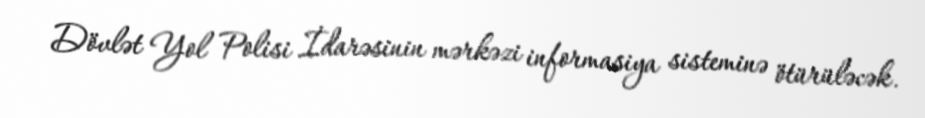
Dövlət Yol Polisi İdarəsinin mərkəzi informasiya sisteminə ötürüləcək.